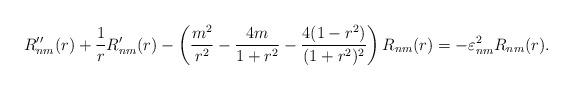
LaTeX: \begin{align*}R_{nm}''(r) + \frac{1}{r}R_{nm}'(r) -\left(\frac{m^2}{r^2}-\frac{4m}{1+r^2}-\frac{4(1-r^2)}{(1+r^2)^2} \right) R_{nm}(r) =-\varepsilon^2_{nm}R_{nm}(r). \end{align*}